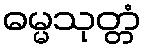
ဓမ္မသုတ္တံ